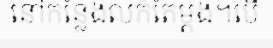
នៅកន្លែងលក់តែម្តង។បើ